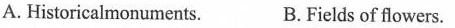
A. Historicalmonuments. B.Fields of flowers.